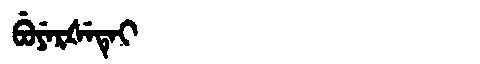
Manchu: ᠪᡠᠶᡝᡵᡧᡝᡨᡝᡳ
Romanization: BUYERŠETEI